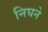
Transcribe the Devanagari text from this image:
निघने